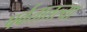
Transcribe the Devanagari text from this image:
पर्वतातल्या